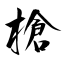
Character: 槍